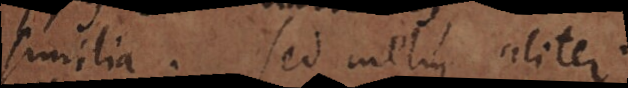
similia. sed melius aliter.